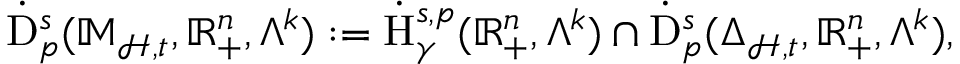
\begin{array} { r } { \dot { \mathrm { D } } _ { p } ^ { s } ( \mathbb { M } _ { \mathcal { H } , \mathfrak { t } } , \mathbb { R } _ { + } ^ { n } , \Lambda ^ { k } ) : = \dot { \mathrm { H } } _ { \gamma } ^ { s , p } ( \mathbb { R } _ { + } ^ { n } , \Lambda ^ { k } ) \cap \dot { \mathrm { D } } _ { p } ^ { s } ( \Delta _ { \mathcal { H } , \mathfrak { t } } , \mathbb { R } _ { + } ^ { n } , \Lambda ^ { k } ) \mathrm { , ~ } } \end{array}